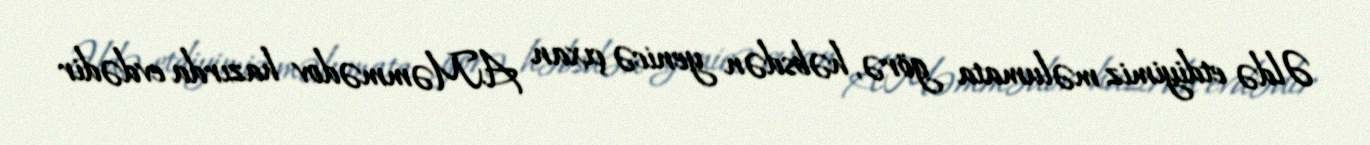
Əldə etdiyimiz məlumata görə, həbsdən yenicə çıxan A.Məmmədov hazırda evdədir